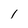
Character: l